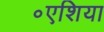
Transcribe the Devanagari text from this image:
॰एशिया